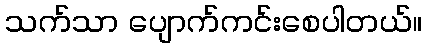
သက်သာ ပျောက်ကင်းစေပါတယ်။